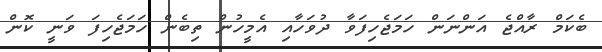
ބެކަމް ރާއްޖެ އަންނަން ހަމަޖެހިފަވާ ދުވަހާއި އެމީހުން ތިބެން ހަމަޖެހިފަ ވަނީ ކޮން